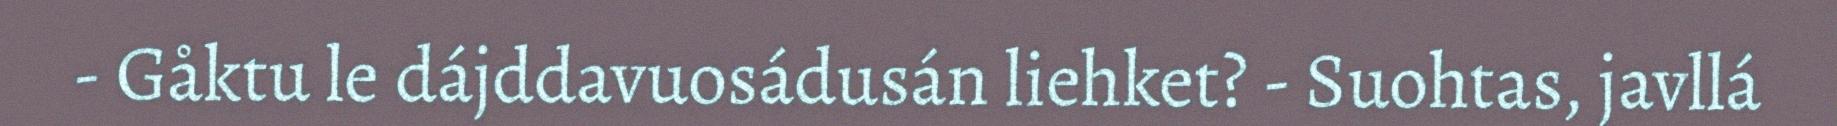
- Gåktu le dájddavuosádusán liehket? - Suohtas, javllá